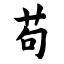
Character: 苟